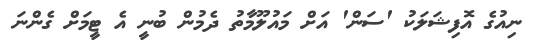
ނިއުގެ އޮފިޝަލަކު 'ސަން' އަށް މައުލޫމާތު ދެމުން ބުނީ އެ ޓީމަށް ގެންނަ